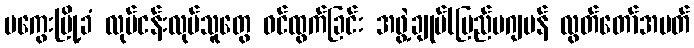
မကွေးမြို့ခံ လုပ်ငန်းလုပ်သူတွေ ဝင်ထွက်ခြင်း အဖွဲ့ချုပ်(ပြည်ပဂျပန် လွတ်တော်အမတ်